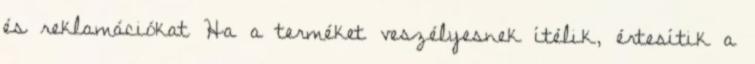
és reklamációkat Ha a terméket veszélyesnek ítélik, értesítik a